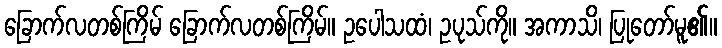
ခြောက်လတစ်ကြိမ် ခြောက်လတစ်ကြိမ်။ ဥပေါသထံ၊ ဥပုသ်ကို။ အကာသိ၊ ပြုတော်မူ၏။